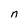
Character: n